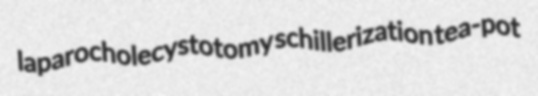
laparocholecystotomy schillerization tea-pot